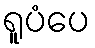
ရူပံပေ